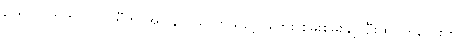
ရက် ဘတ်တလာ ပါရီက အပြန် ဝယ်လာသည့် ဖဲကြိုး စိမ်းစိမ်းနှင့် ဦးထုပ်ကလေးကို